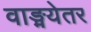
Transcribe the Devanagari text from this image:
वाङ्मयेतर